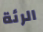
الرئة